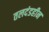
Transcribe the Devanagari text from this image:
तलदंडहीन